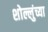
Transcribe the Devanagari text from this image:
शोल्लुंच्या